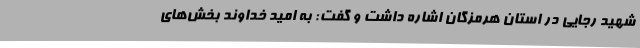
شهید رجایی در استان هرمزگان اشاره داشت و گفت: به امید خداوند بخش‌های